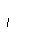
Letter: _alif